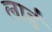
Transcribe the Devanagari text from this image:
लार्डं